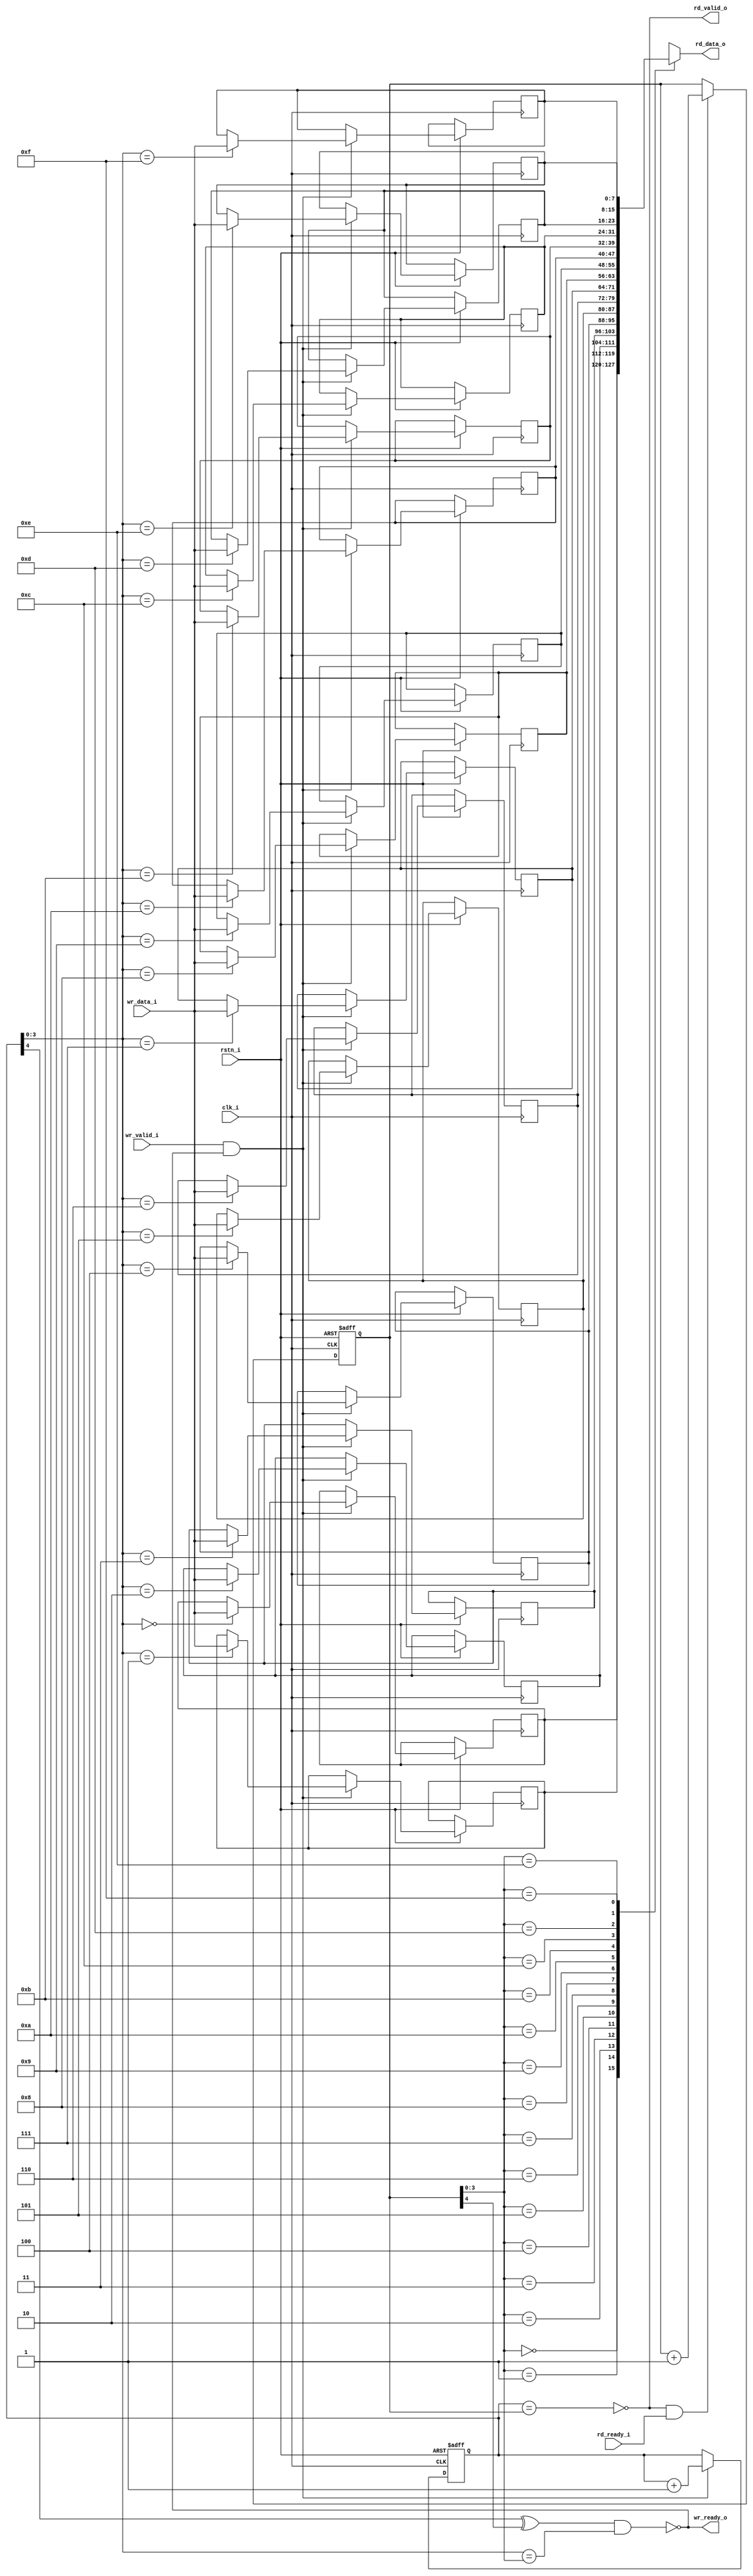
module syn_fifo #(
    parameter DATA_WD = 8,
    parameter DEPTH   = 16
) (
    input                    clk_i,
    input                    rstn_i,

    input                    wr_valid_i,
    input [DATA_WD - 1 : 0]  wr_data_i,
    output                   wr_ready_o,

    output                   rd_valid_o,
    output [DATA_WD - 1 : 0] rd_data_o,
    input                    rd_ready_i
);
    
    localparam ADDR_WD = $clog2(DEPTH) + 1;

    //flags
    wire fire_in  = wr_valid_i && wr_ready_o;
    wire fire_out = rd_valid_o && rd_ready_i;
    wire full     = (wptr[ADDR_WD - 1] ^ rptr[ADDR_WD - 1]) && (wptr[ADDR_WD - 2 : 0] == rptr[ADDR_WD - 2 : 0]);
    wire empty    = wptr == rptr;

    //wptr,rptr
    reg [ADDR_WD - 1 : 0] wptr;
    reg [ADDR_WD - 1 : 0] rptr;

    always @(posedge clk_i or negedge rstn_i) begin
        if(!rstn_i) begin
            wptr <= 'b0;
        end
        else if(fire_in) begin
            wptr <= wptr + 1'b1;
        end
    end

    always @(posedge clk_i or negedge rstn_i) begin
        if(!rstn_i) begin
            rptr <= 'b0;
        end
        else if(fire_out) begin
            rptr <= rptr + 1'b1;
        end
    end

    //input & output 
    reg [DATA_WD - 1 : 0] mem [DEPTH - 1 : 0];    
    always @(posedge clk_i or negedge rstn_i) begin
        if(!rstn_i) begin
            
        end
        else if(fire_in) begin
            mem[wptr[ADDR_WD - 2 : 0]] <= wr_data_i;
        end
    end

    assign rd_data_o  = mem[rptr[ADDR_WD - 2 : 0]];
    assign wr_ready_o = !full;
    assign rd_valid_o = !empty;

endmodule